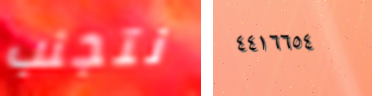
نتجنب ٤٤١٦٦٥٤